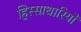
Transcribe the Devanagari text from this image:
हिस्साधारियों